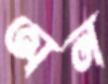
অন